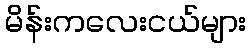
မိန်းကလေးငယ်များ